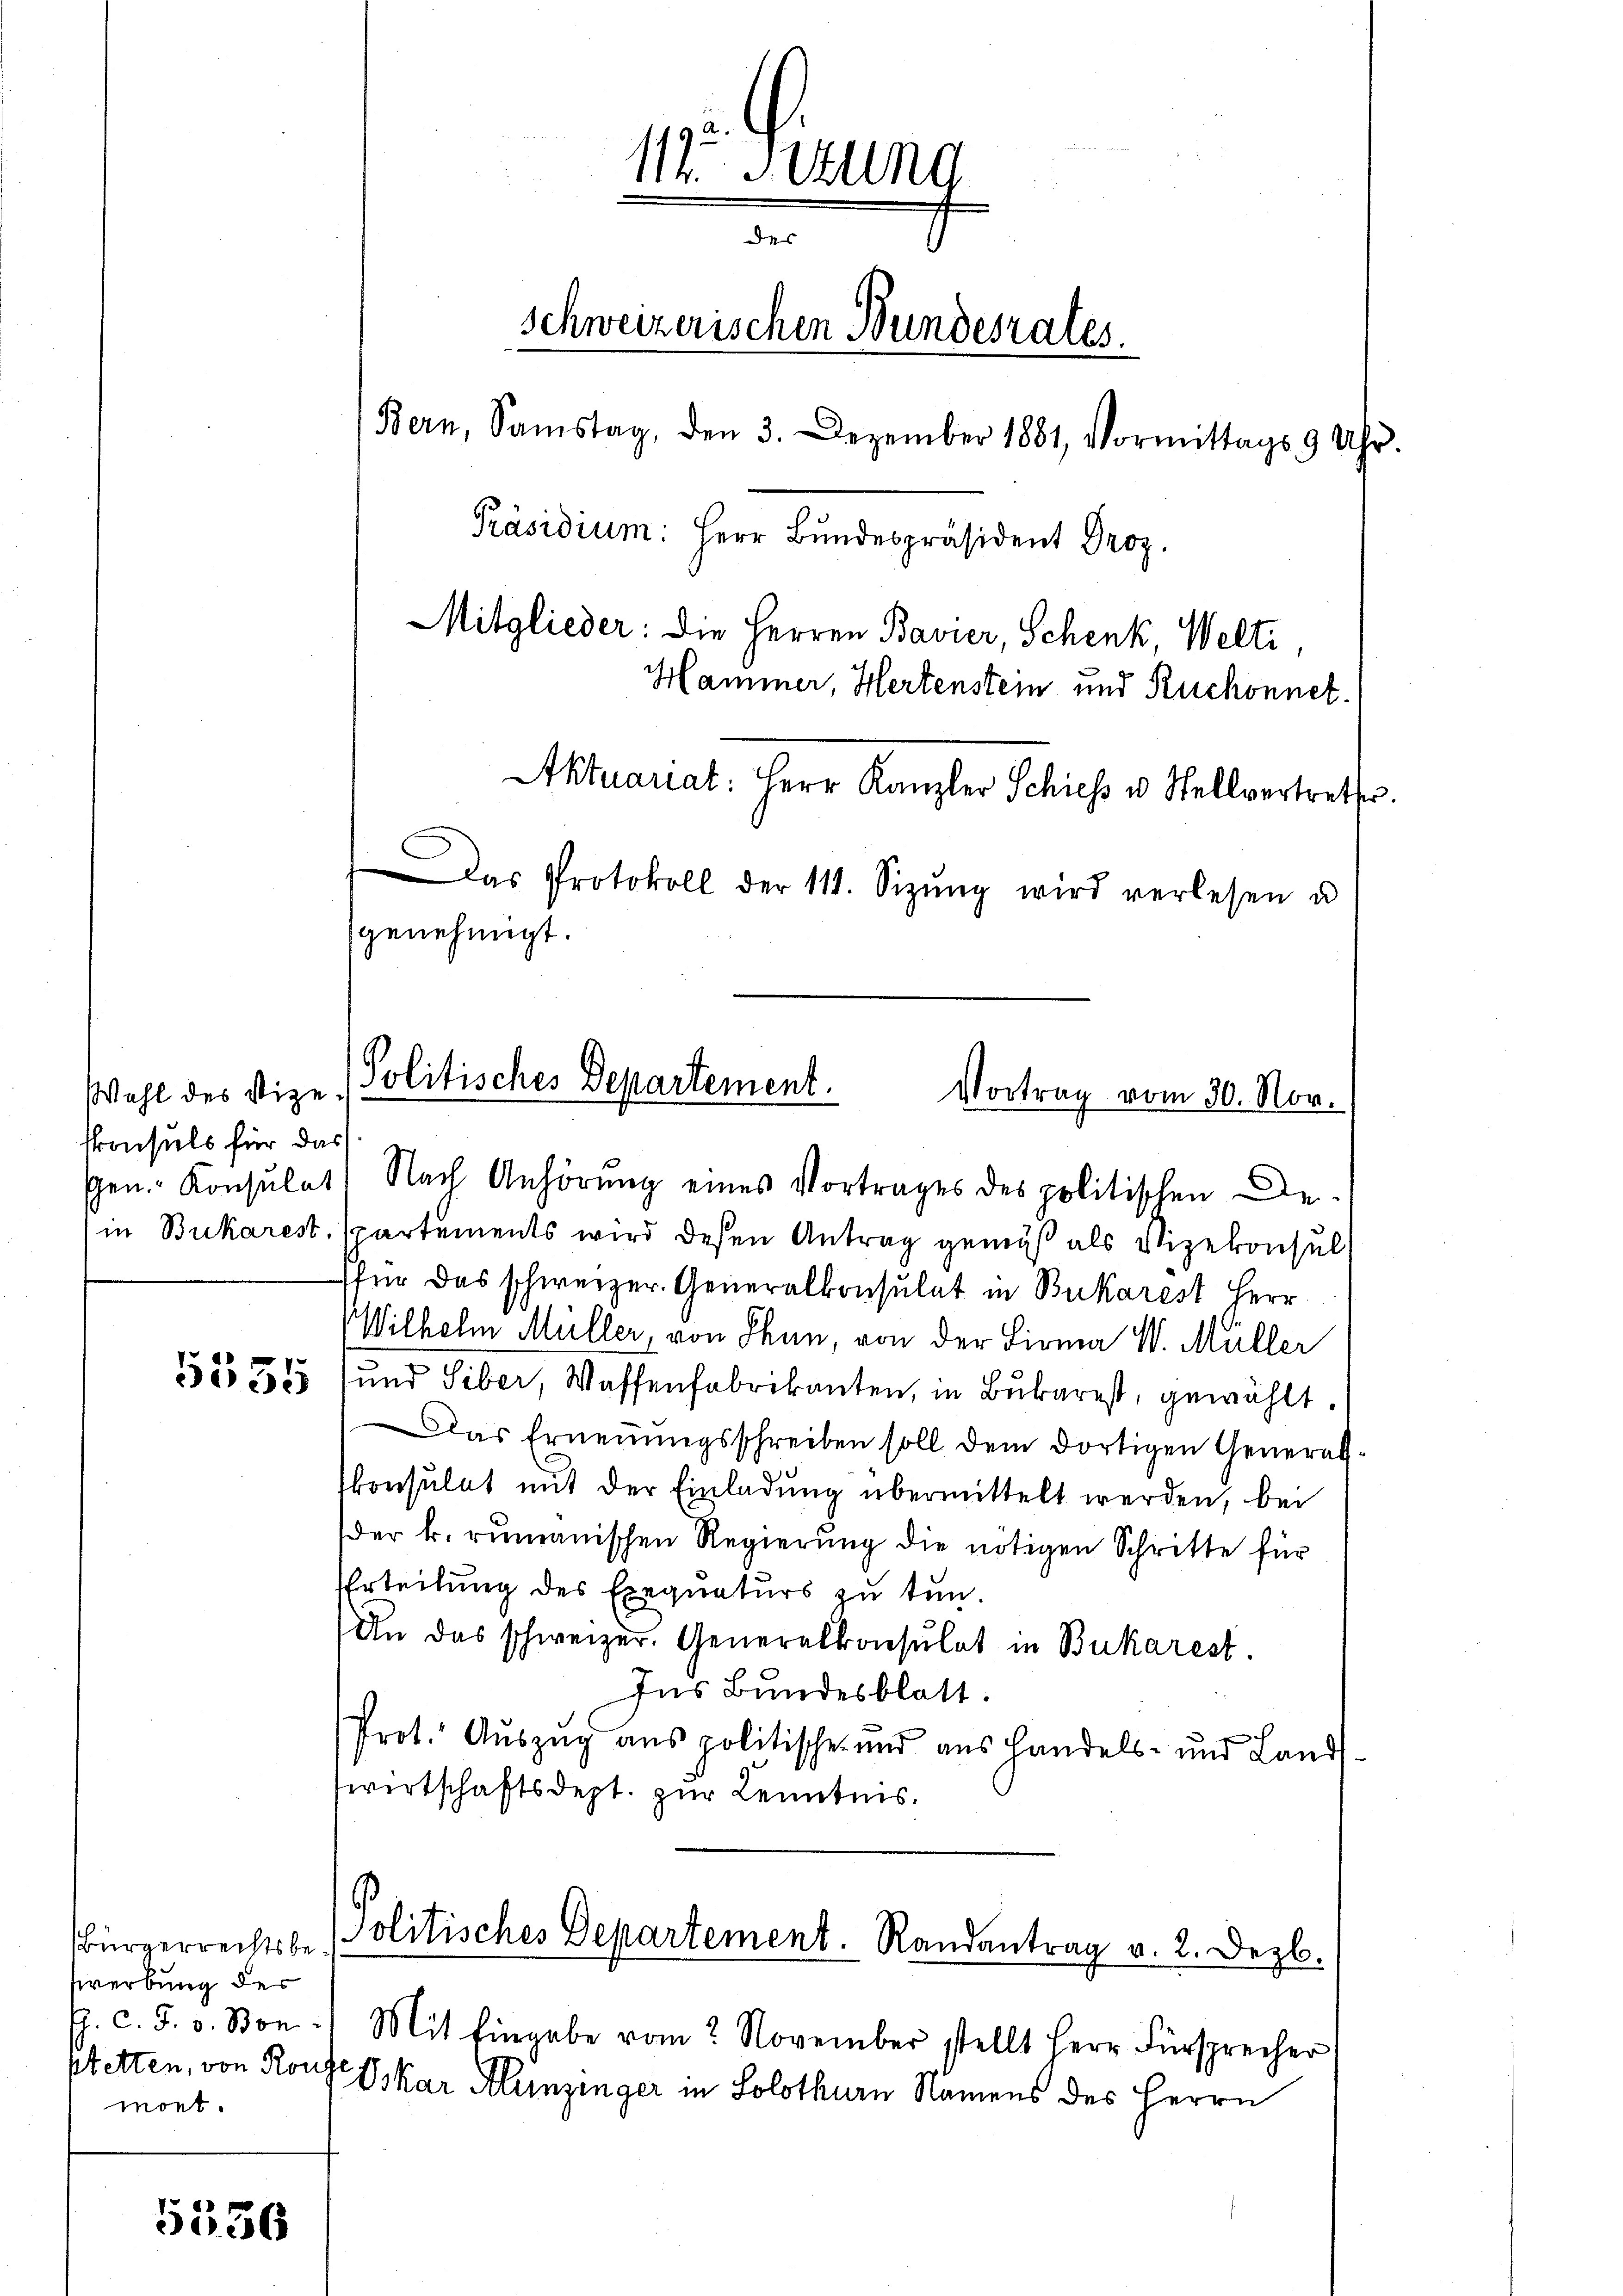
Wahl des Vizeskonsuls für das

5555

Bürgerrechtsbewerbung der
J. C. J. v. Bon
stetten, von Rous
mont.

5536

111 Stund
des
Schweizerischen Bundesrates.
(Bern, Samstag, den 3. Dezember 1881, Vormittags 9 Uhr.
Präsidium: Herr Bundespräsident Droz.
Mitglieder: die Herren Bavier, Schenk, Welti,
Hammer, Hertenstein und Ruchonnet.
Aktuariat: Herr Kanzler Schiess u. Stellvertrette.

Das Protokoll der 111. Sizŭng wird verlesen u
genehmigt.

Politisches Departement.
Vortrag vom 30. Nov.

Gen. Konsulat Nach Anhörung eines Vortrages des politischen Dein Bukarest, partements wird deßen Antrag gemäß als Vizekonsul
für das schweizer. Generalkonsulat in Bukarest Herr
Wilhelm Müller, von Thun, von der Firma W. Müller
und Siber, Waffenfabrikanten, in Bubarest, gewählt.
Das Erneṅŭngsschreiben soll dem dortigen General-
konsulat mit der Einladung übermittelt werden, bei
der k. rumänischen Regierung die nötigen Schritte für
Erteilŭng des Exequaturs zu tun.
An das schweizer. Generalkonsulat in Bukarest.
Ins Bundesblatt.
Prot. Auszug aus politische und aus Handels- und Landswirtschaftsdept. zur Kenntnis.
Politisches Departement. Randantrag v. 2. Dezb.
Mit Eingabe vom November stellt Herr Fürsprecher
Oskar Hunzinger in Solothurn Namens des Herrn